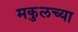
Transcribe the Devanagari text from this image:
मकुलच्या